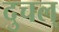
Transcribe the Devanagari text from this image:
दुचल्